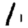
Digit: 1